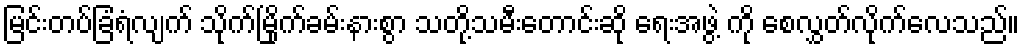
မြင်းတပ်ခြံရံလျက် သိုက်မြိုက်ခမ်းနားစွာ သတို့သမီးတောင်းဆို ရေးအဖွဲ့ ကို စေလွှတ်လိုက်လေသည်။